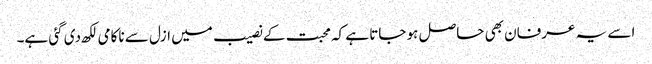
اسے یہ عرفان بھی حاصل ہو جاتا ہے کہ محبت کے نصیب میں ازل سے ناکامی لکھ دی گئی ہے۔